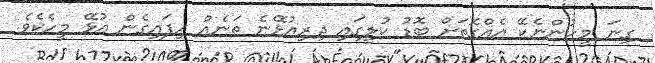
ގިނަ މީހުންނެކޭ އެއްގޮތަށް ބޮޑު ކުލީގައި ދިރިއުޅޭނެ ތަނެއް ހިފައިގެން އުޅޭ މީހެކެވެ.